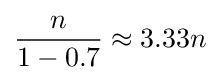
{\frac {n}{1-0.7}}\approx 3.33{n}